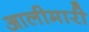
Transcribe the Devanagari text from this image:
आलीमारी